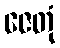
ဇေတုံ